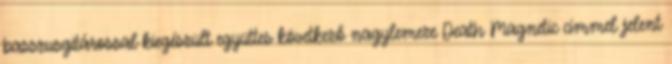
basszusgitárossal kiegészült együttes következő nagylemeze Death Magnetic címmel jelent